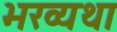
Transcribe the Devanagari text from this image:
भरव्यथा